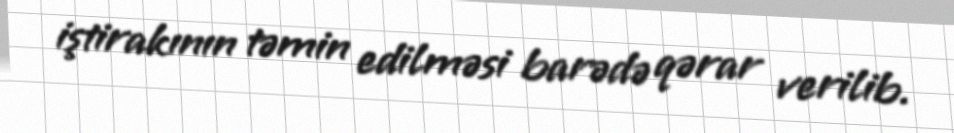
iştirakının təmin edilməsi barədə qərar verilib.